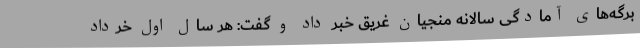
برگه‌های آمادگی سالانه منجیان غریق خبر داد و گفت: هر سال اول خرداد